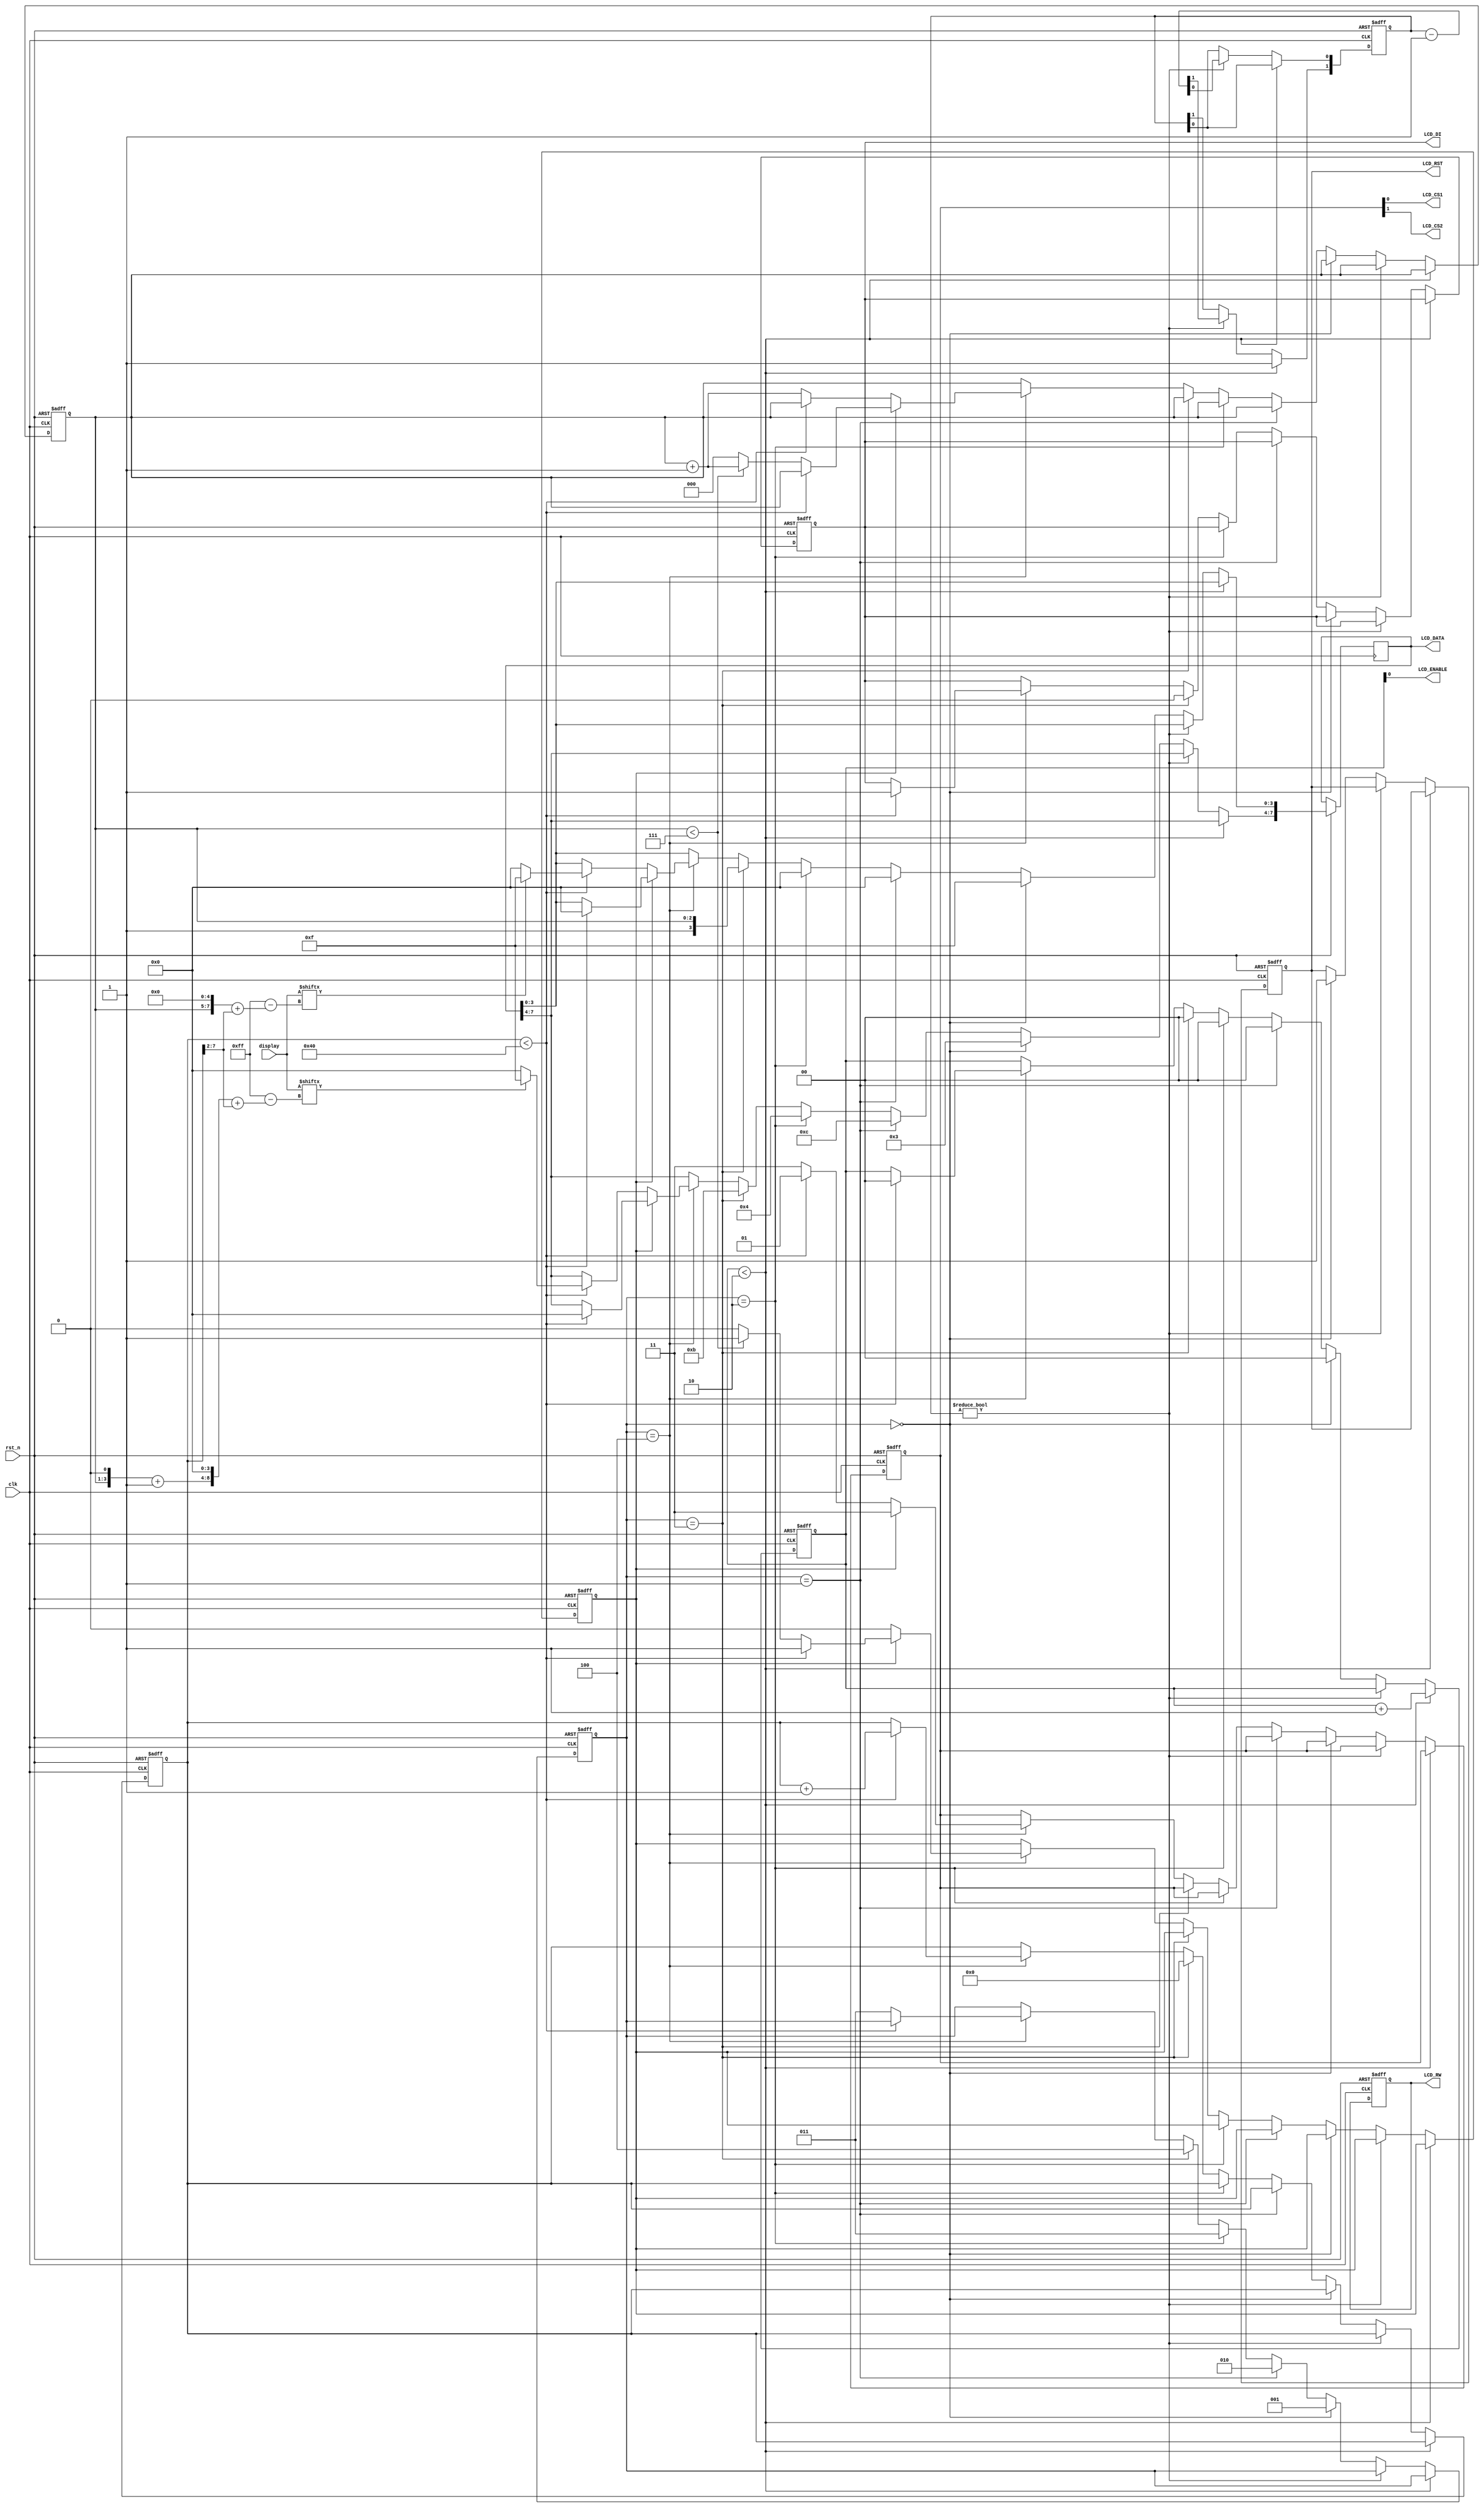
module LCD_display(LCD_ENABLE, LCD_RW, LCD_DI, LCD_CS1, LCD_CS2, LCD_RST, LCD_DATA, display, rst_n, clk);
	input clk;
	input rst_n;
	input [0:255] display;
	output LCD_ENABLE;
	output LCD_RW;
	output LCD_DI;
	output LCD_CS1;
	output LCD_CS2;
	output LCD_RST;
	output [7:0] LCD_DATA;
	reg [7:0] LCD_DATA;
	reg [1:0] LCD_SEL;
	reg [2:0] STATE;
	reg [2:0] X_PAGE;
	reg [1:0] DELAY;
	reg [7:0] INDEX;
	reg [1:0] ENABLE;
	reg CLEAR;
	reg LCD_RW;
	reg LCD_DI;
	reg LCD_RST;
	wire clk;
	wire LCD_CS1;
	wire LCD_CS2;
	wire LCD_ENABLE;
	
	always@(negedge clk or negedge rst_n) begin
		if(!rst_n) begin
			CLEAR <= 1'b1;
			STATE <= 3'b0;
			DELAY <= 2'b00;
			X_PAGE <= 3'o0;
			INDEX = 0;
			LCD_RST<= 1'b0;
			ENABLE <= 2'b00;
			LCD_SEL<= 2'b11;
			LCD_DI <= 1'b0;
			LCD_RW <= 1'b0;
		end
		else begin
			if(ENABLE < 2'b10) begin
				ENABLE <= ENABLE + 2'b1;
				DELAY[1]<= 1'b1;
			end
			else if(DELAY != 2'b00)
				DELAY <= DELAY - 2'b1;
			else if(STATE == 3'o0) begin
				STATE <= 3'o1;
				LCD_RST <= 1'b1;
				LCD_DATA<= 8'h3F;
				ENABLE <= 2'b00;
			end
			else if(STATE == 3'o1) begin
				/*set up start line*/
				STATE <= 3'o2;
				LCD_DATA<= {2'b11,6'b000000};
				ENABLE <= 2'b00;
			end
			else if(STATE == 3'o2) begin
				/*set Y*/
				STATE <= 3'o3;
				LCD_DATA<= 8'h40;
				ENABLE <= 2'b00;
			end
			else if(STATE == 3'o3) begin
				/*set X*/
				STATE <= 3'o4;
				LCD_DI <= 1'b0;
				INDEX = 0;
				LCD_DATA<= {5'b10111,X_PAGE};
				ENABLE <= 2'b00;
			end
			else if(STATE == 3'o4) begin
				if(CLEAR) begin
					LCD_SEL <= 2'b11;
					if(INDEX < 64) begin
						INDEX = INDEX + 8'h1;
						LCD_DI <= 1'b1;
						LCD_DATA<= 8'h00;
						ENABLE <= 2'b00;
					end
					else if(X_PAGE < 3'o7) begin
						STATE <= 3'o3;
						X_PAGE <= X_PAGE + 3'o1;
					end
					else begin
						STATE <= 3'o3;
						X_PAGE <= 3'o0;
						CLEAR <= 1'b0;
					end
				end
				else begin
					LCD_SEL <= 2'b01;
					if(INDEX < 64) begin
						LCD_DI <= 1'b1;
						
						if(display[((X_PAGE<<1)<<4) + (INDEX>>2)] == 1'b1)
							LCD_DATA[3:0] <= 4'hF;
						else
							LCD_DATA[3:0] <= 4'h0;
						
						if(display[(((X_PAGE<<1)+1)<<4) + (INDEX>>2)] == 1'b1)
							LCD_DATA[7:4] <= 4'hF;
						else
							LCD_DATA[7:4] <= 4'h0;
						INDEX = INDEX + 8'h1;
						ENABLE<= 2'b00;
					end
					else begin
						LCD_SEL <= 2'b11;
						STATE <= 3'o3;
						X_PAGE <= X_PAGE + 3'o1;
					end
				end
			end 
		end
	end
	assign LCD_ENABLE = ENABLE[0];
	assign LCD_CS1 = LCD_SEL[0];
	assign LCD_CS2 = LCD_SEL[1];

endmodule